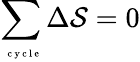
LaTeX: \sum_{\mathrm{~\tiny~c~y~c~l~e~}}\Delta{\cal{S}}=0